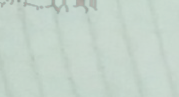
مركز لتعليم اللغة الإنجلي